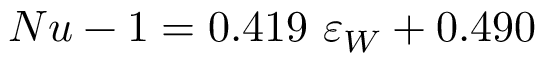
N u - 1 = 0 . 4 1 9 \ \varepsilon _ { W } + 0 . 4 9 0